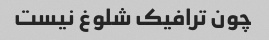
چون ترافیک شلوغ نیست